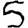
Digit: 5